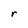
Character: r